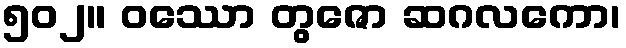
၅၀၂။ ဝဿော တွဇော ဆဂလကော၊